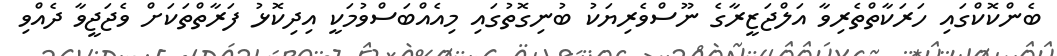
ބެންކޮކްގައި ހަރަކާތްތެރިވާ އަލްޖަޒީރާގެ ނޫސްވެރިޔަކު ބުނިގޮތުގައި މިއެއްބަސްވުމަކީ އިދިކޮޅު ފަރާތްތަކަށް ވެޖަޖީވާ ދެއްވި